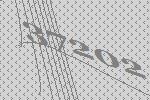
37202